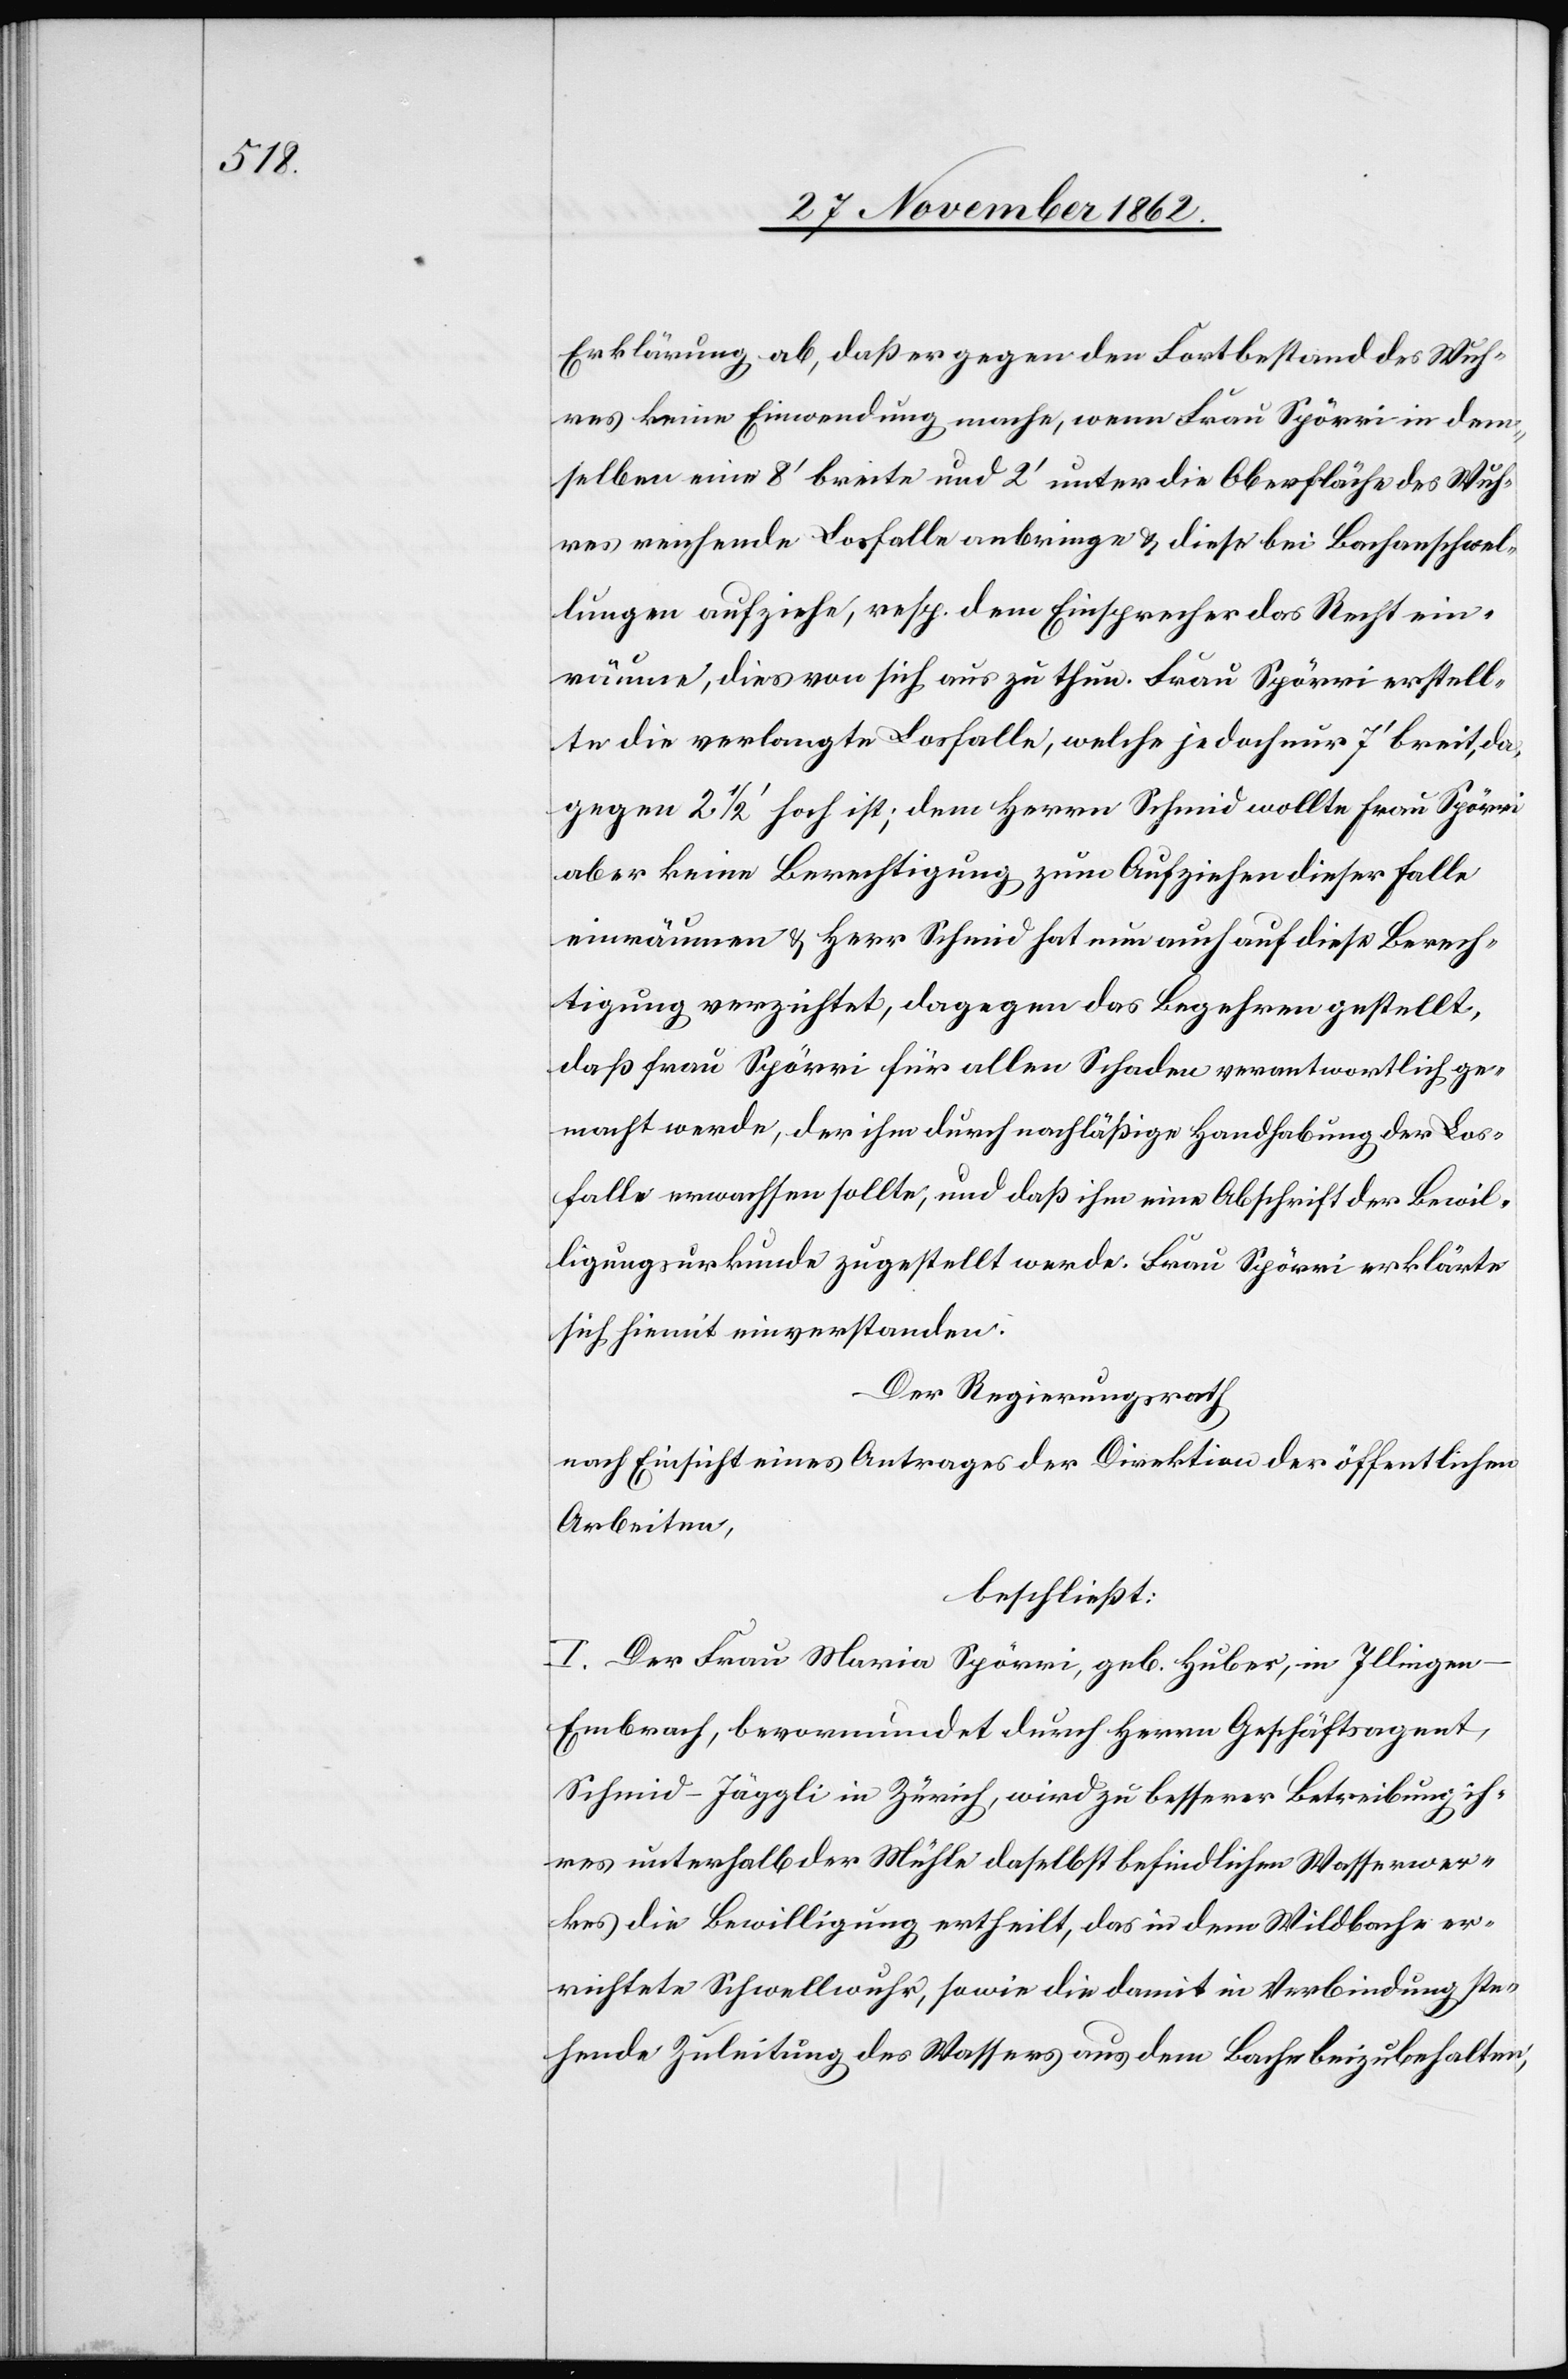
Erklärung ab, daß er gegen den Fortbestand des Wuh¬
res keine Einwendung mache, wenn Frau Spörri in dem¬
selben eine 8’ breite und 2’ unter die Oberfläche des Wuh¬
res reichende Losfalle anbringe u. diese bei Bachanschwel¬
lungen aufziehe, resp. dem Einsprecher das Recht ein¬
räume, dies von sich aus zu thun. Frau Spörri erstell¬
te die verlangte Losfalle, welche jedoch nur 7’ breit, da¬
gegen 2 1/2’ hoch ist; dem Herrn Schmid wollte Frau Spörri
aber keine Berechtigung zum Aufziehen dieser Falle
einräumen u. Herr Schmid hat nun auch auf diese Berech¬
tigung verzichtet, dagegen das Begehren gestellt,
daß Frau Spörri für allen Schaden verantwortlich ge¬
macht werde, der ihm durch nachläßige Handhabung der Los¬
falle erwachsen sollte, und daß ihm eine Abschrift der Bewil¬
ligungsurkunde zugestellt werde. Frau Spörri erklärte
sich hiemit einverstanden.
Der Regierungsrath
nach Einsicht eines Antrages der Direktion der öffentlichen
Arbeiten,
beschließt:
I. Der Frau Maria Spörri, geb. Huber, in Illinge¬
n-Embrach, bevormundet durch Herrn Geschäftsagent,
Schmid-Jäggli in Zürich, wird zu besserer Betreibung ih¬
res unterhalb der Mühle daselbst befindlichen Wasserwer¬
kes die Bewilligung ertheilt, das in dem Wildbache er¬
richtete Schwellwuhr, sowie die damit in Verbindung ste¬
hende Zuleitung des Wassers aus dem Bache beizubehalten,